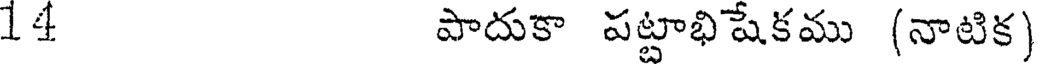
14 పాదుకా పట్టాభిషేకము (నాటిక)